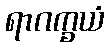
ရာဂက္ခယံ